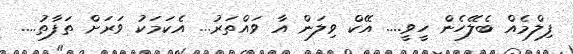
ފިލްމެއް ބެލޭހެން ހީވީ.... އޭކް ވިލަން އާ ވައްތަރު... އެކަމަކު ވަރަށް ތަފާތު....